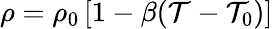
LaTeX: \rho=\rho_{0}\left[1-\beta(\mathcal{T}-\mathcal{T}_{0})\right]